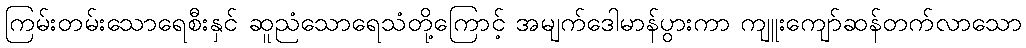
ကြမ်းတမ်းသောရေစီးနှင် ဆူညံသောရေသံတို့ကြောင့် အမျက်ဒေါမာန်ပွားကာ ကျူးကျော်ဆန်တက်လာသော